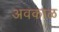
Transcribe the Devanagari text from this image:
अवकाळ